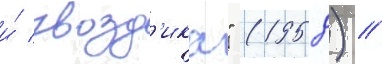
и́ гвозд'ика" (1958) /